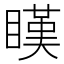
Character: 䁧